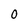
Character: 0